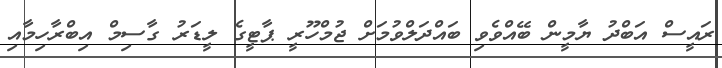
ރައީސް އަބްދު ޔާމީން ބޭއްވެވި ބައްދަލްވުމަށް ޖުމްހޫރީ ޕާޓީގެ ލީޑަރު ގާސިމް އިބްރާހިމާއި